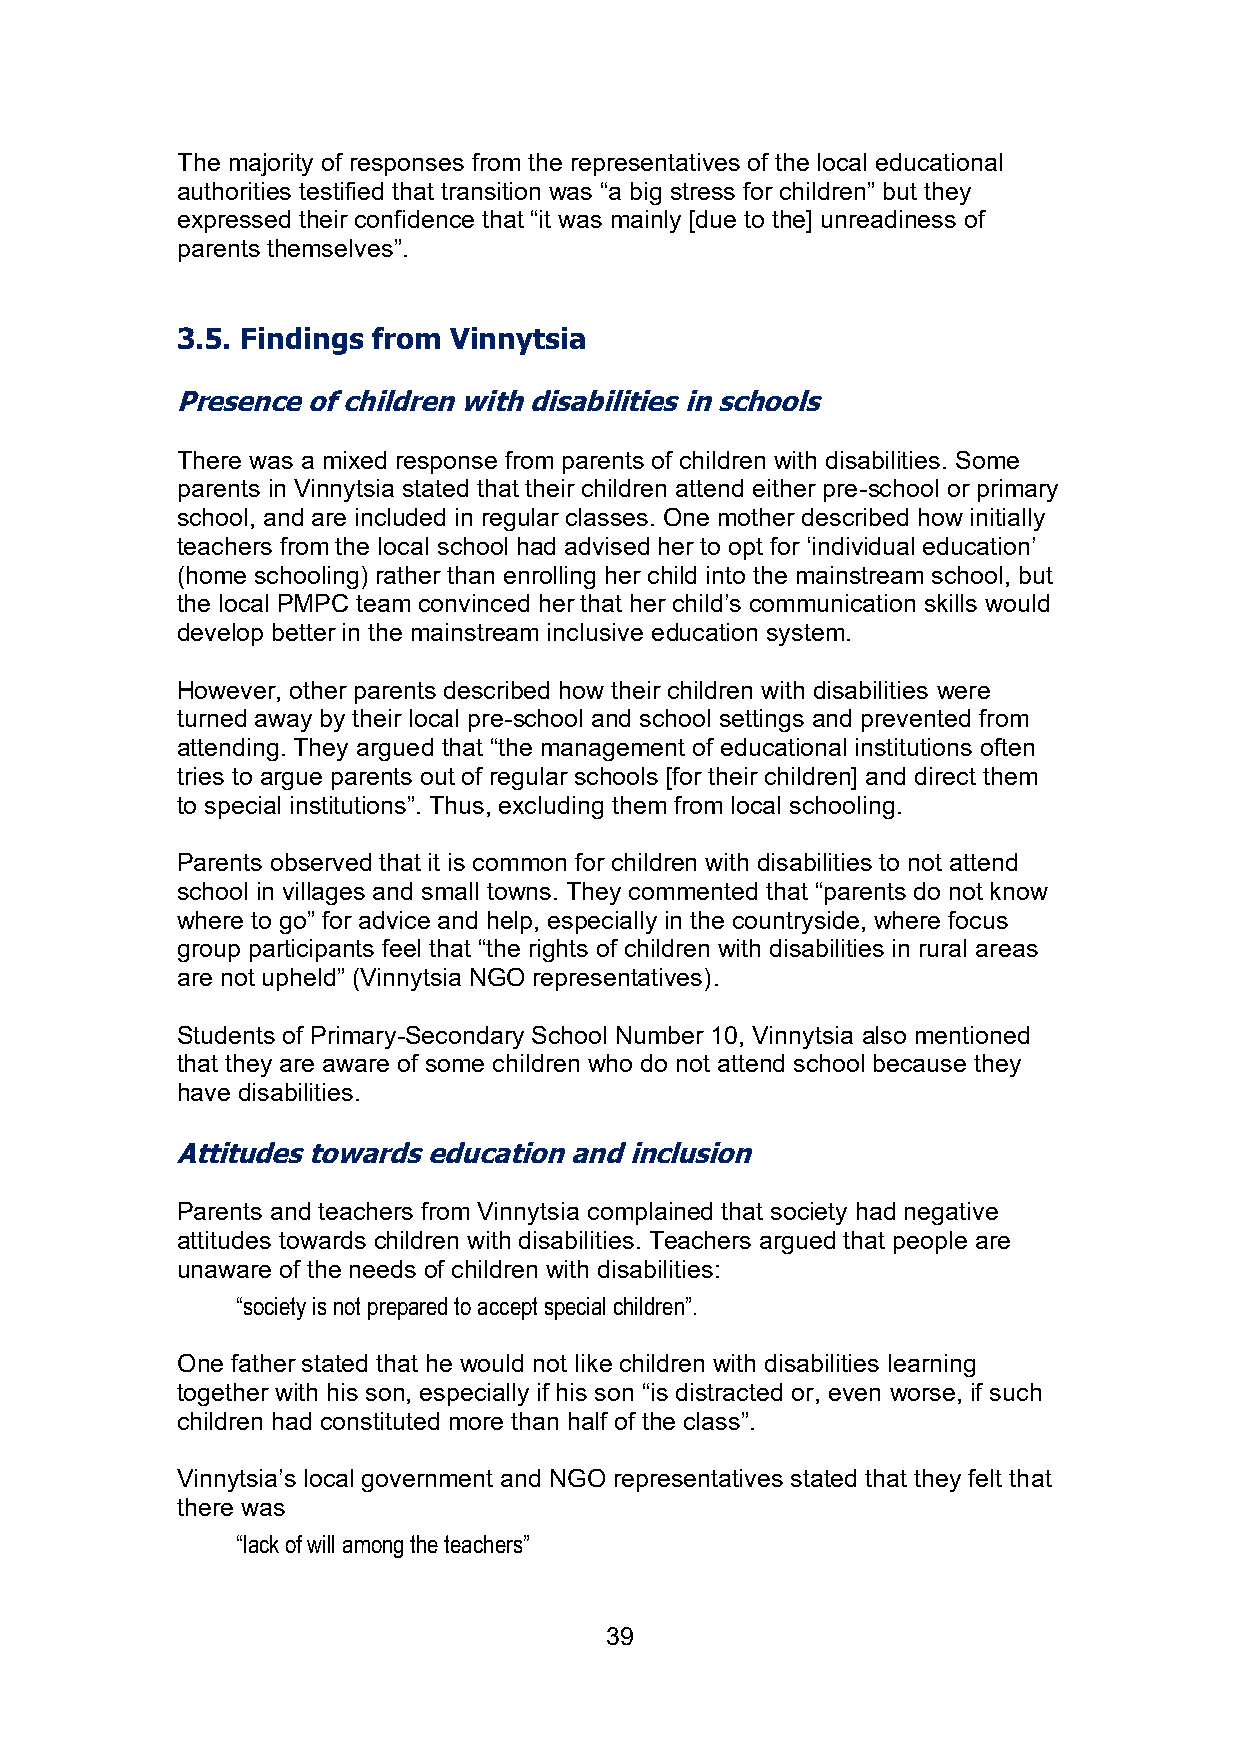
The majority of responses from the representatives of the local educational
 authorities testified that transition was “a big stress for children” but they
 expressed their confidence that “it was mainly [due to the] unreadiness of
 parents themselves”.
 3.5. Findings from Vinnytsia
 Presence of children with disabilities in schools
 There was a mixed response from parents of children with disabilities. Some
 parents in Vinnytsia stated that their children attend either pre-school or primary
 school, and are included in regular classes. One mother described how initially
 teachers from the local school had advised her to opt for ‘individual education’
 (home schooling) rather than enrolling her child into the mainstream school, but
 the local PMPC team convinced her that her child’s communication skills would
 develop better in the mainstream inclusive education system.
 However, other parents described how their children with disabilities were
 turned away by their local pre-school and school settings and prevented from
 attending. They argued that “the management of educational institutions often
 tries to argue parents out of regular schools [for their children] and direct them
 to special institutions”. Thus, excluding them from local schooling.
 Parents observed that it is common for children with disabilities to not attend
 school in villages and small towns. They commented that “parents do not know
 where to go” for advice and help, especially in the countryside, where focus
 group participants feel that “the rights of children with disabilities in rural areas
 are not upheld” (Vinnytsia NGO representatives).
 Students of Primary-Secondary School Number 10, Vinnytsia also mentioned
 that they are aware of some children who do not attend school because they
 have disabilities.
 Attitudes towards education and inclusion
 Parents and teachers from Vinnytsia complained that society had negative
 attitudes towards children with disabilities. Teachers argued that people are
 unaware of the needs of children with disabilities:
 “society is not prepared to accept special children”.
 One father stated that he would not like children with disabilities learning
 together with his son, especially if his son “is distracted or, even worse, if such
 children had constituted more than half of the class”.
 Vinnytsia’s local government and NGO representatives stated that they felt that
 there was
 “lack of will among the teachers”
 39